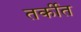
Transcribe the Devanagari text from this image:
तर्कीत